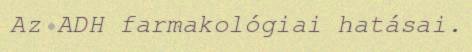
Az ADH farmakológiai hatásai.